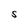
Character: S